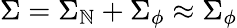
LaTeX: \Sigma=\Sigma_{\mathbb{N}}+\Sigma_{\phi}\approx\Sigma_{\phi}